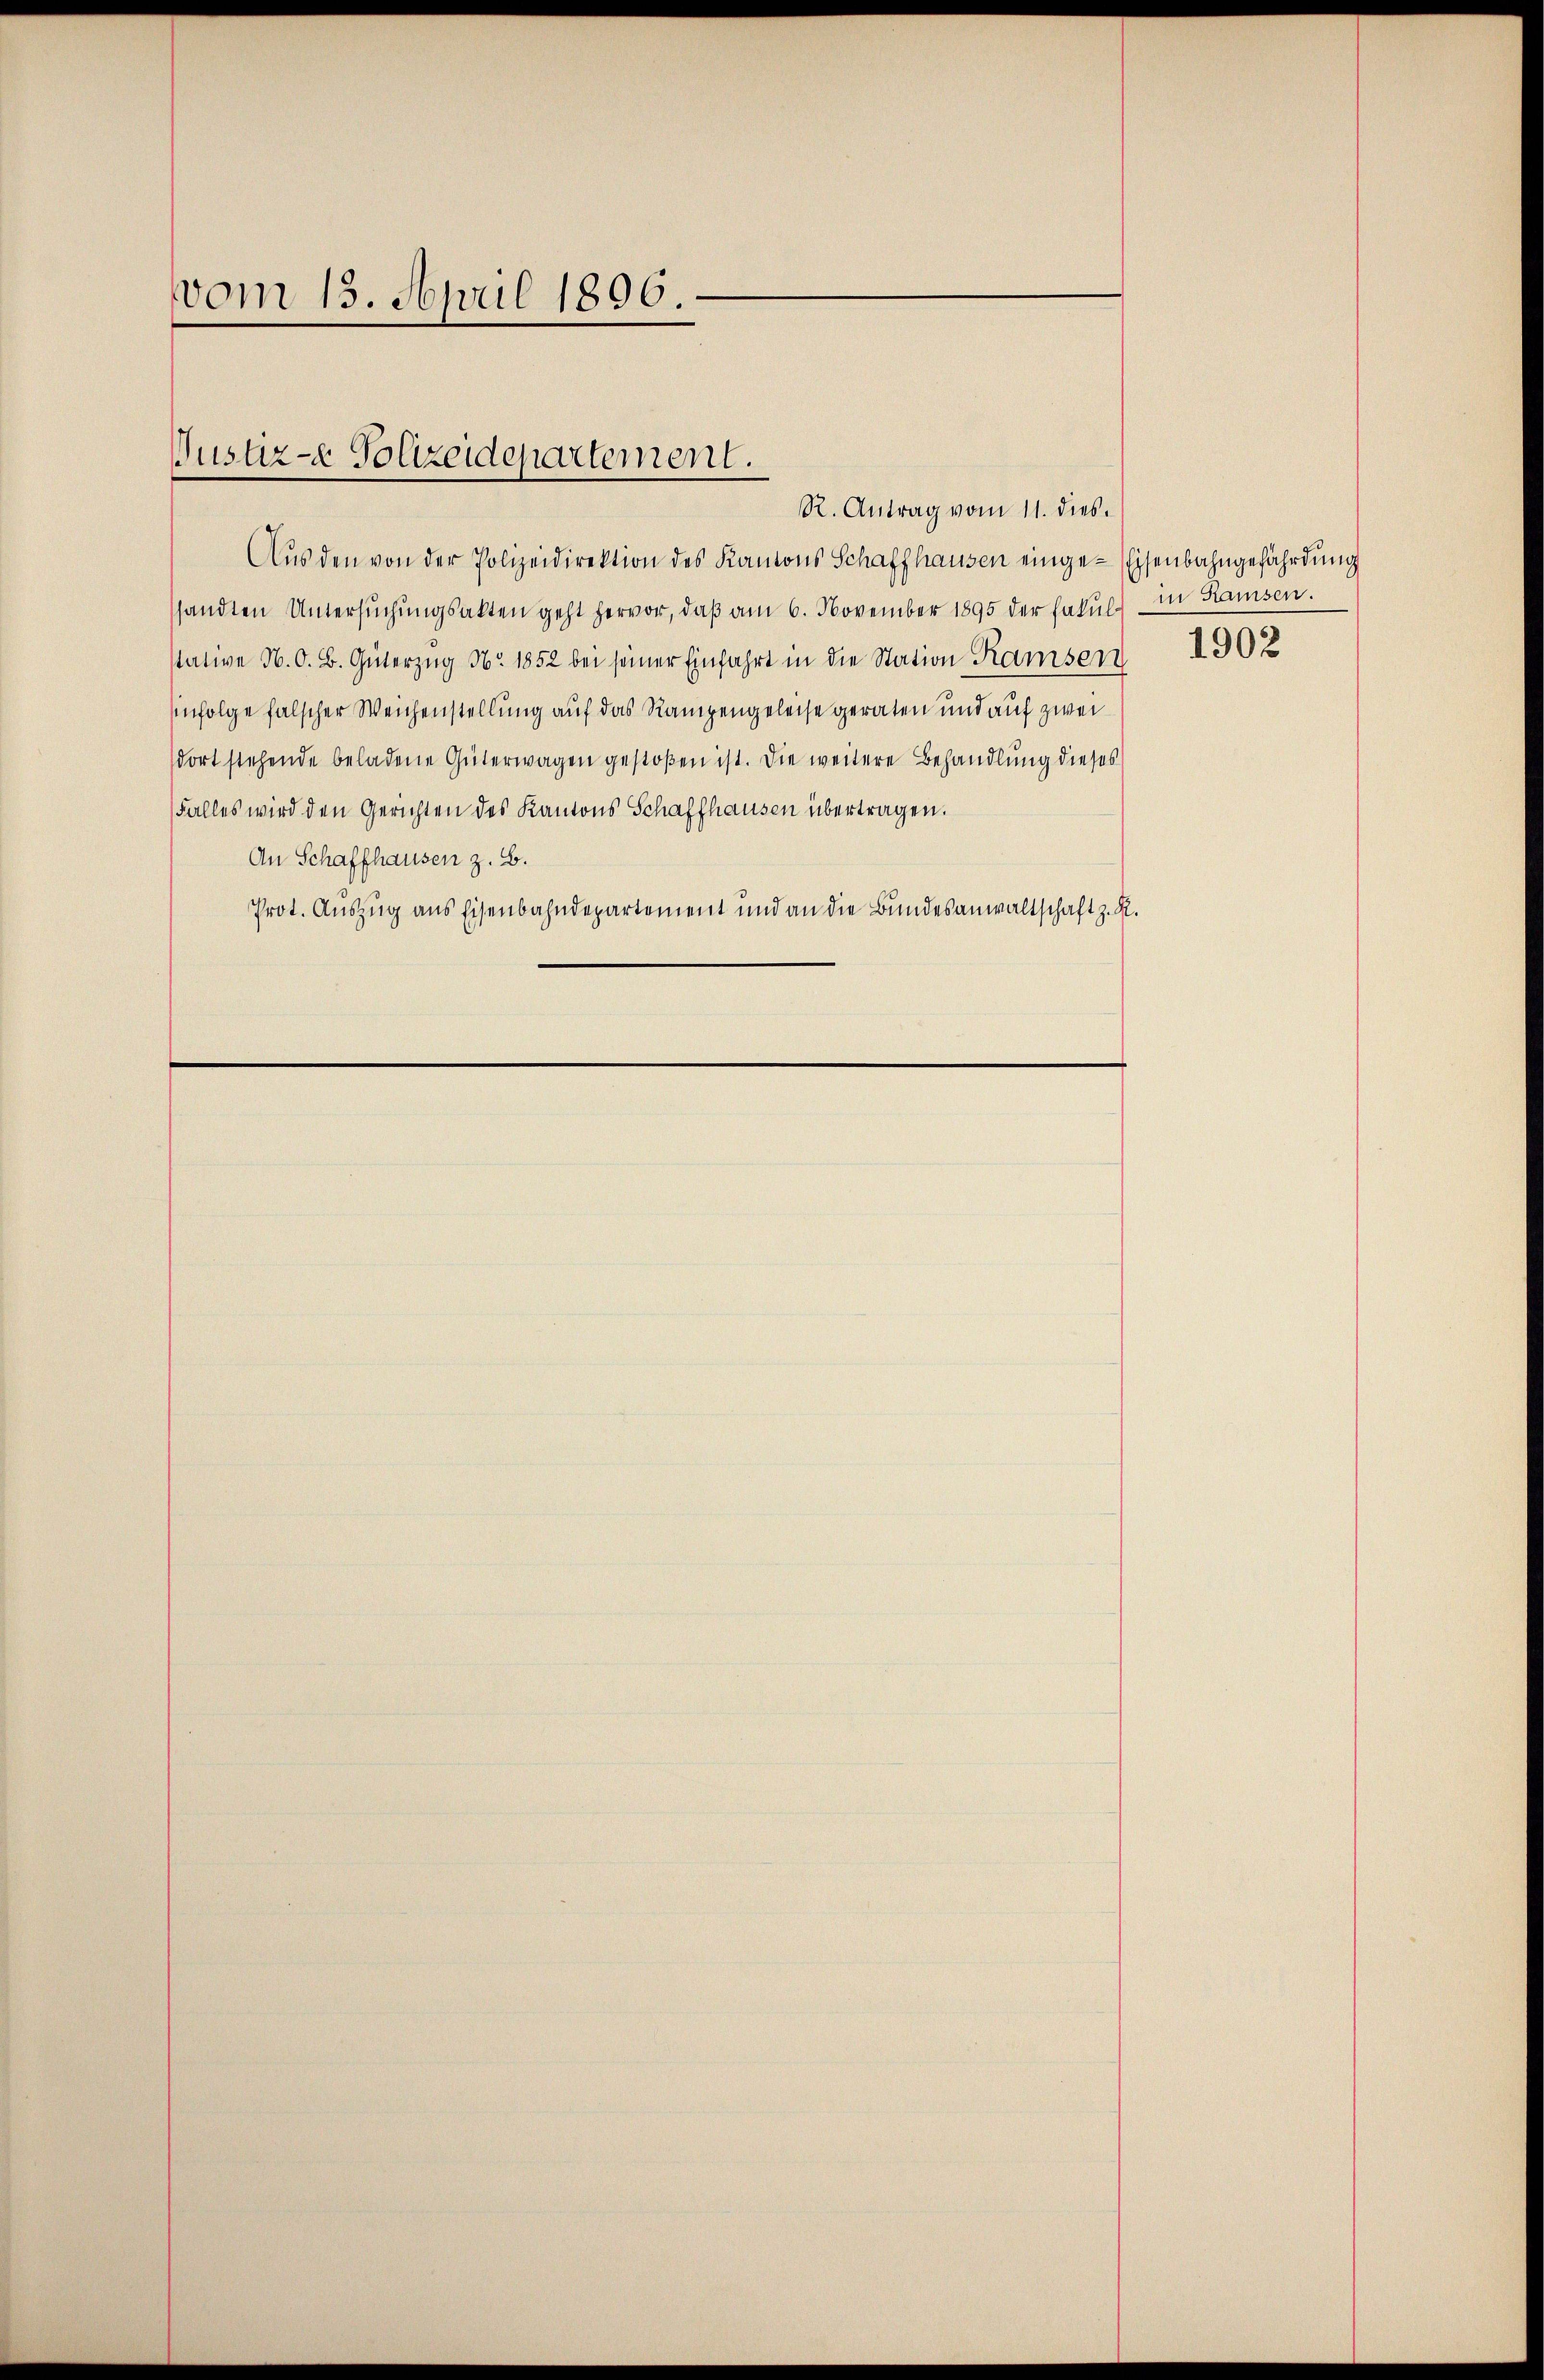
vom 15. April 1806.

Aŭs den von der Polizeidirektion des Kantons Schaffhausen einge-Eisenbahngefährdung
sandten Untersŭchŭngsakten geht hervor, daβ am 6. November 1895 der Fakul) in Ramsen.
stative N. O. B. Güterzug No. 1852 bei seiner Einfahrt in die Station Ramsen
Infolge falscher Weichenstellung auf das Rampengeleise geraten und auf zwei
dort stehende beladene Güterwagen gestoßen ist. Die weitere Behandlung dieses
Falles wird den Gerichten des Kantons Schaffhausen übertragen.
An Schaffhausen z. B.
Prot. Auszug aus Eisenbahndepartement und an die Bundesanwaltschaft z. R.

Justiz - Polizeidepartement.
R. Antrag vom 11. dies.

1902